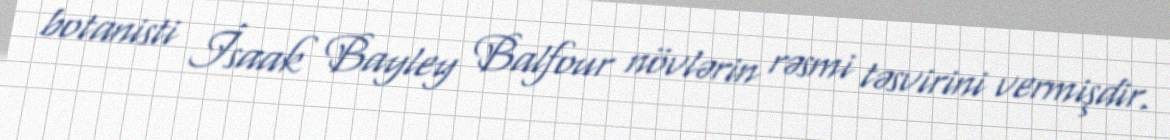
botanisti İsaak Bayley Balfour növlərin rəsmi təsvirini vermişdir.